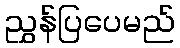
ညွှန်ပြပေမည်